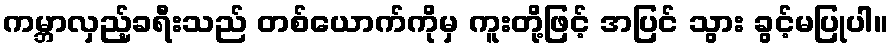
ကမ္ဘာလှည့်ခရီးသည် တစ်ယောက်ကိုမှ ကူးတို့ဖြင့် အပြင် သွား ခွင့်မပြုပါ။